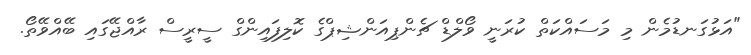
"އަޅުގަނޑުމެން މި މަސައްކަތް ކުރަނީ ވޯލްޑް ޗެންޕިއަންޝިޕްގެ ކޮލިފައިންގް ސީރީސް ރާއްޖޭގައި ބޭއްވޭތޯ.